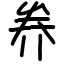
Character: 奍